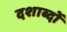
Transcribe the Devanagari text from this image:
दशाब्दों